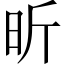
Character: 昕